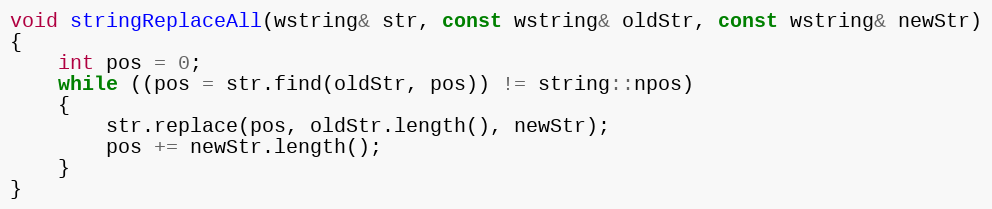
Language: C++
void stringReplaceAll(wstring& str, const wstring& oldStr, const wstring& newStr)
{
    int pos = 0;
    while ((pos = str.find(oldStr, pos)) != string::npos)
    {
        str.replace(pos, oldStr.length(), newStr);
        pos += newStr.length();
    }
}